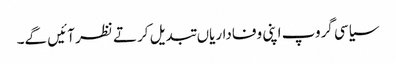
سیاسی گروپ اپنی وفاداریاں تبدیل کرتے نظر آئیں گے۔